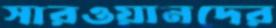
সারওয়ানদের